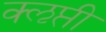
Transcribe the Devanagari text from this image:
क्‍ऌप्ती